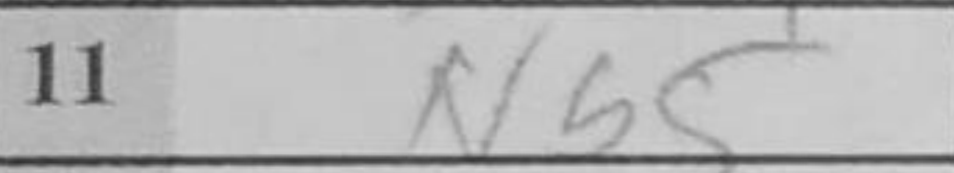
Transcription: Nb5